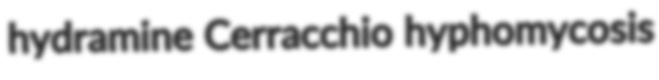
hydramine Cerracchio hyphomycosis